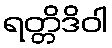
ရတ္တိဒိဝါ